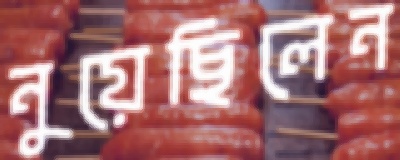
নুয়েছিলেন